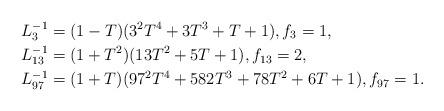
LaTeX: \begin{align*} L_3^{-1}&=(1-T) (3^2T^4 + 3T^3 + T + 1), f_3=1,\\ L_{13}^{-1}&=(1+T^2) (13T^2 + 5T + 1),f_{13}=2,\\ L_{97}^{-1}&=(1+T) (97^2T^4 + 582T^3 + 78T^2 + 6T + 1), f_{97}=1.\end{align*}